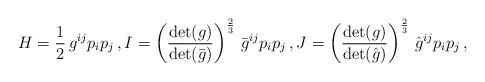
LaTeX: \begin{align*} H = \frac12\,g^{ij}p_ip_j\,, I = \left(\frac{\det(g)}{\det(\bar{g})}\right)^{\frac23}\,\bar{g}^{ij}p_ip_j\,, J = \left(\frac{\det(g)}{\det(\hat{g})}\right)^{\frac23}\,\hat{g}^{ij}p_ip_j\,,\end{align*}